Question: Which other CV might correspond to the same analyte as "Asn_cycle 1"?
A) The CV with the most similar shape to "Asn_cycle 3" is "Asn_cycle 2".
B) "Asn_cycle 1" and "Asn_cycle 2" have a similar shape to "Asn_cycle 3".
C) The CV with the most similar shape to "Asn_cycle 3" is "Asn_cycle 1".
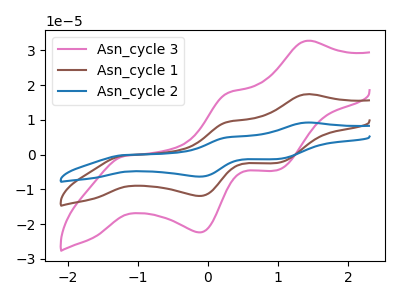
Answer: <think>The pink curve "Asn_cycle 3" has anodic peaks at (1.40V, 32.75uA) (0.30V, 17.80uA) and cathodic peaks at (-1.20V, -0.35uA) (-0.10V, -22.35uA) (1.00V, -4.50uA). The brown curve "Asn_cycle 1" has anodic peaks at (1.40V, 17.40uA) (0.30V, 9.45uA) and cathodic peaks at (-1.20V, -0.20uA) (-0.10V, -11.90uA) (1.00V, -2.40uA). The blue curve "Asn_cycle 2" has anodic peaks at (1.40V, 34.80uA) (0.30V, 18.95uA) and cathodic peaks at (-1.20V, -0.35uA) (-0.10V, -23.75uA) (1.00V, -4.75uA).
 All the peaks in "Asn_cycle 3" have a peak in "Asn_cycle 1" at the same potential. Every peak in "Asn_cycle 3" is higher than every peak in "Asn_cycle 1". All the peaks in "Asn_cycle 3" have a peak in "Asn_cycle 2" at the same potential. Every peak in "Asn_cycle 3" is lower than every peak in "Asn_cycle 2". All the peaks in "Asn_cycle 1" have a peak in "Asn_cycle 2" at the same potential. Every peak in "Asn_cycle 1" is lower than every peak in "Asn_cycle 2".</think>
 <answer>B) "Asn_cycle 1" and "Asn_cycle 2" have a similar shape to "Asn_cycle 3".</answer>
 <eval>B</eval>